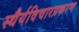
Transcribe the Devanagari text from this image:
स्थैर्यविचारप्रकरण